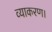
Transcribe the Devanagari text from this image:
व्याकरण।